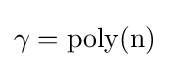
\gamma =\operatorname {poly(n)}